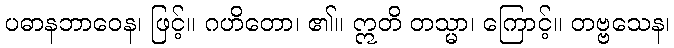
ပဓာနဘာဝေန၊ ဖြင့်။ ဂဟိတော၊ ၏။ ဣတိ တသ္မာ၊ ကြောင့်။ တဗ္ဗသေန၊